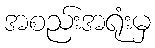
အစည်းအရုံးမှ